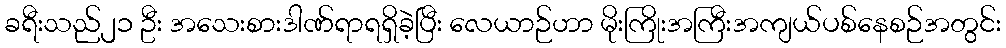
ခရီးသည်၂၁ ဦး အသေးစားဒါဏ်ရာရရှိခဲ့ပြီး လေယာဉ်ဟာ မိုးကြိုးအကြီးအကျယ်ပစ်နေစဉ်အတွင်း